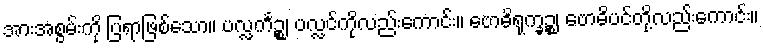
အားအစွမ်းကို ပြရာဖြစ်သော။ ပလ္လင်္ကဉ္စ၊ ပလ္လင်ကိုလည်းကောင်း။ ဗောဓိရုက္ခဉ္စ၊ ဗောဓိပင်တို့လည်းကောင်း။